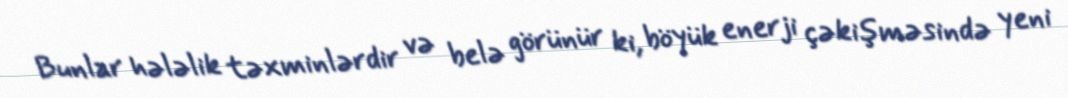
Bunlar hələlik təxminlərdir və belə görünür ki, böyük enerji çəkişməsində yeni